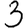
Digit: 3